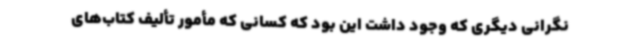
نگرانی دیگری که وجود داشت این بود که کسانی که مأمور تألیف کتاب‌های